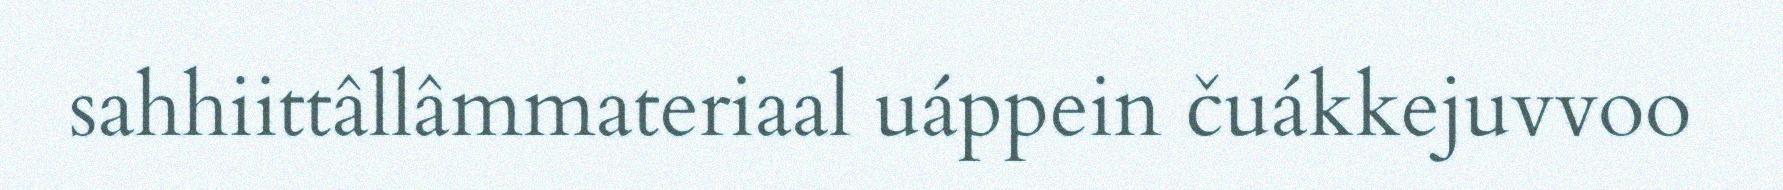
sahhiittâllâmmateriaal uáppein čuákkejuvvoo